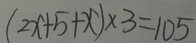
( 2 x + 5 + x ) \times 3 = 1 0 5